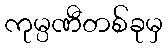
ကုမ္ပဏီတစ်ခုမှ